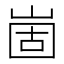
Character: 崮